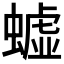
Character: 𲀄